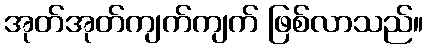
အုတ်အုတ်ကျက်ကျက် ဖြစ်လာသည်။